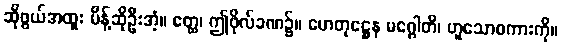
ဆိုဖွယ်အထူး မိန့်ဆိုဦးအံ့။ ဧတ္ထ၊ ဤဖိုလ်ခဏ၌။ ဟေတုဋ္ဌေန မဂ္ဂေါတိ၊ ဟူသောစကားကို။